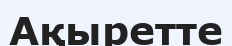
Ақыретте